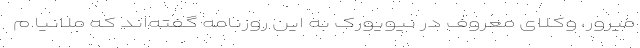
میرور، وکلای معروف در نیویورک به این روزنامه گفته‌اند که ملانیا م